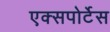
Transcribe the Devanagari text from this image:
एक्सपोर्टेस